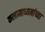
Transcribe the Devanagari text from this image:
कलामाध्यमांच्या